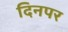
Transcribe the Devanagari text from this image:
दिनपर